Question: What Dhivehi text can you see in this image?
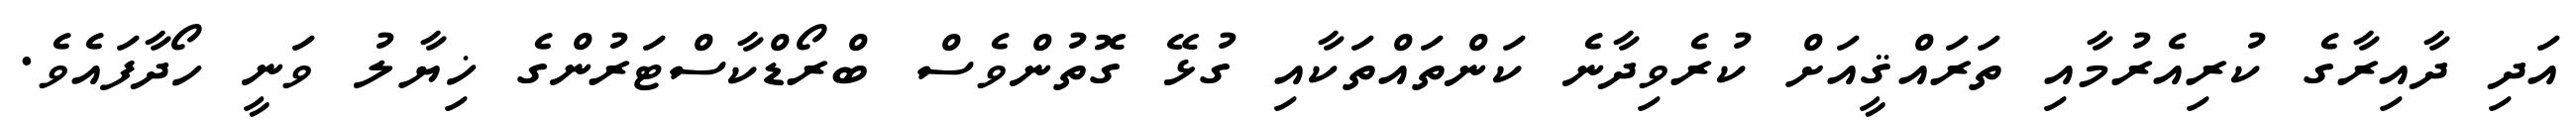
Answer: އަދި ދާއިރާގެ ކުރިއެރުމާއި ތަރައްޤީއަށް ކުރެވިދާނެ ކަންތައްތަކާއި ގުޅޭ ގޮތުންވެސް ބްރޯޑްކާސްޓަރުންގެ ޚިޔާލު ވަނީ ހޯދާފައެވެ.